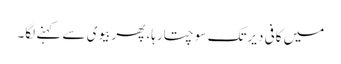
میں کافی دیرتک سوچتارہا، پھربیوی سے کہنے لگا۔